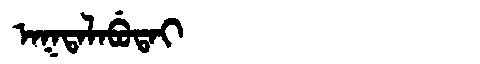
Manchu: ᠠᡴᡨᠠᠯᠠᠪᡠᡨᠠᡳ
Romanization: AKTALABUTAI